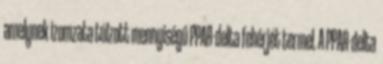
amelynek izomzata túlzott mennyiségű PPAR-delta fehérjét termel. A PPAR-delta